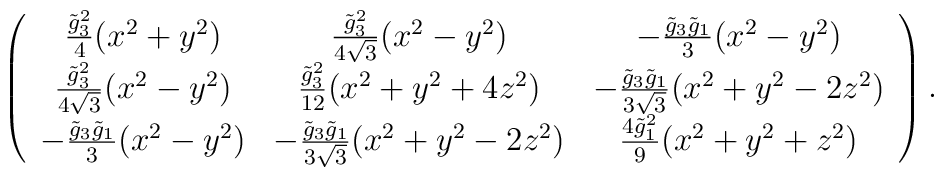
\left( \begin{array}{ccc} \frac{\tilde{g}_3^2}{4} (x^2+y^2) &   \frac{\tilde{g}_3^2}{4\sqrt{3}} (x^2 - y^2) &   - \frac{\tilde{g}_3 \tilde{g}_1}{3} (x^2 - y^2) \\   \frac{\tilde{g}_3^2}{4 \sqrt{3}} (x^2 - y^2) &   \frac{\tilde{g}_3^2}{12} (x^2 + y^2 + 4 z^2) &   - \frac{\tilde{g}_3 \tilde{g}_1}{3 \sqrt{3}} (x^2+y^2-2 z^2) \\   - \frac{\tilde{g}_3 \tilde{g}_1}{3} (x^2 - y^2) &   - \frac{\tilde{g}_3 \tilde{g}_1}{3 \sqrt{3}} (x^2+y^2-2 z^2) &   \frac{4 \tilde{g}_1^2}{9} (x^2 + y^2 + z^2) \end{array} \right).